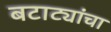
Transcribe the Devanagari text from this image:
बटाट्यांचा